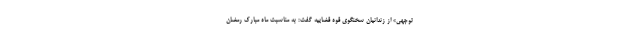
توجهی» از زندانیان سخنگوی قوه قضاییه گفت: به مناسبت ماه مبارک رمضان